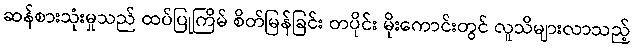
ဆန်စားသုံးမှုသည် ထပ်ပြုကြိမ် စိတ်မြန်ခြင်း တပိုင်း မိုးကောင်းတွင် လူသိများလာသည့်